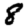
Digit: 8